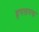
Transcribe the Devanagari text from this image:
हपलपफ